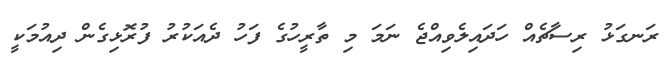
ރަނގަޅު ރިސާޗެއް ހަދައިލެވިއްޖެ ނަމަ މި ތާރީހުގެ ފަހު ދެއަކުރު ފުރޮޅިގެން ދިއުމަކީ